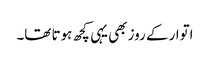
اتوار کے روز بھی یہی کچھ ہوتا تھا۔